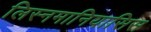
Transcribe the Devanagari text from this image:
लिस्नमानियासिस